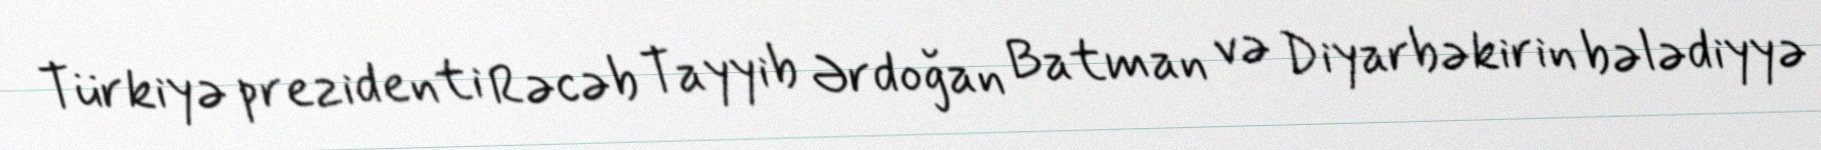
Türkiyə prezidenti Rəcəb Tayyib Ərdoğan Batman və Diyarbəkirin bələdiyyə